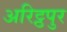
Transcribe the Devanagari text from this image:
अरिट्ठपुर